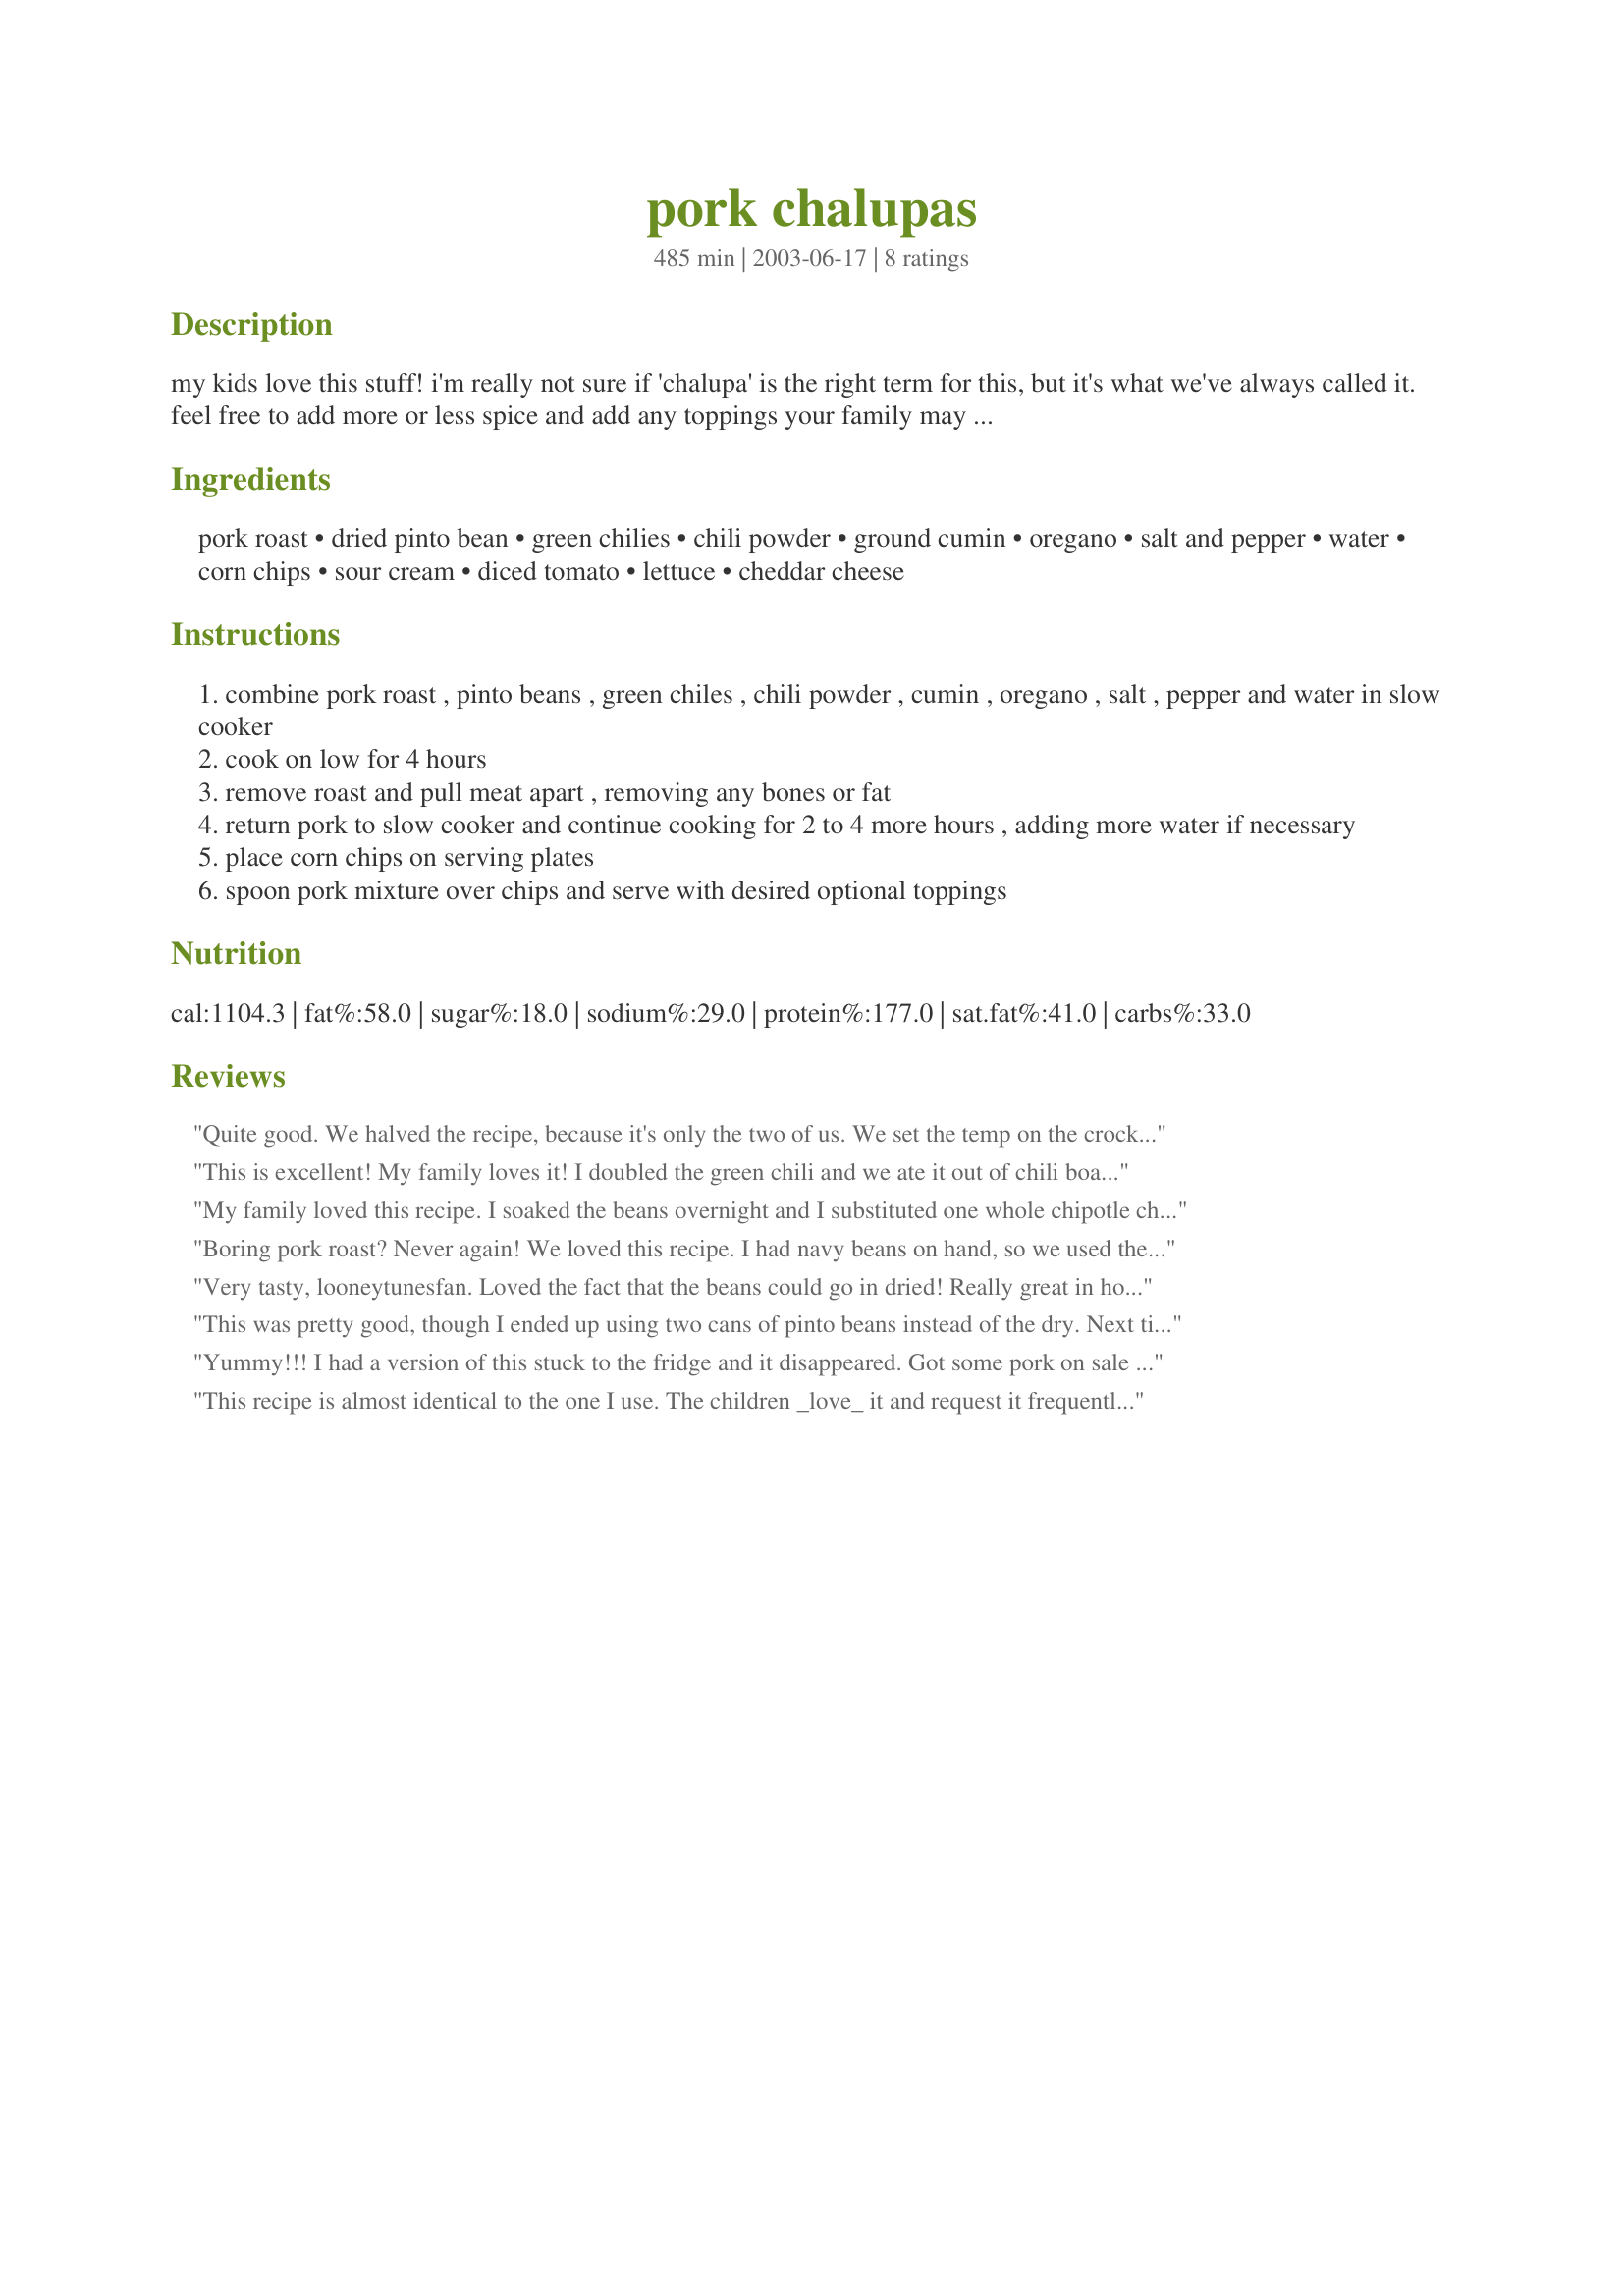
pork chalupas
Preparation time: 485 minutes

my kids love this stuff! i'm really not sure if 'chalupa' is the right term for this, but it's what we've always called it. feel free to add more or less spice and add any toppings your family may like. it's very easy and versatile.

Ingredients:
pork roast, dried pinto bean, green chilies, chili powder, ground cumin, oregano, salt and pepper, water, corn chips, sour cream, diced tomato, lettuce, cheddar cheese

Steps:
combine pork roast , pinto beans , green chiles , chili powder , cumin , oregano , salt , pepper and water in slow cooker
cook on low for 4 hours
remove roast and pull meat apart , removing any bones or fat
return pork to slow cooker and continue cooking for 2 to 4 more hours , adding more water if necessary
place corn chips on serving plates
spoon pork mixture over chips and serve with desired optional toppings

Reviews:
Quite good. We halved the recipe, because it's only the two of us. We set the temp on the crockpot too low, though. After 8 hours cooking time, the beans were still hard. If your crockpot has more settings than low and high, you're going to want to set it for closer to medium than low. We're looking forward to rolling up the leftovers in tortillas for lunch.
This is excellent! My family loves it! I doubled the green chili and we ate it out of chili boats-the edible shells. This is one of my favorites! Thanks for sharing!
My family loved this recipe. I soaked the beans overnight and I substituted one whole chipotle chile in adobo for the green chilies. Next time I'll use both and maybe add a can of chopped tomatoes, reminded my family of white chili.
Boring pork roast? Never again! We loved this recipe. I had navy beans on hand, so we used them instead of pinto beans. Instead of using corn chips, we used fresh flour tortillas and made burritos. Yum!
Very tasty, looneytunesfan. Loved the fact that the beans could go in dried! Really great in homemade flour tortillas with a dollop of lime crema. Thnx for posting.
This was pretty good, though I ended up using two cans of pinto beans instead of the dry. Next time I will use the dried beans.
This got "make again" comments from the family. It was close enough in taste to a dish my husbands late grandfather used to make. Thanks for posting!!
Yummy!!! I had a version of this stuck to the fridge and it disappeared. Got some pork on sale and went looking for it here. 
I think the Chalupas isn't part of the name. Mine was Chul something. Not much help,hugh. Maybe Mexirosie can help us. It was very good. I added garic and onion. After all it is Mexican food. I also halved it and still have leftovers. I'm going to make some Yummy enchladias with the rest. Thanks for posting!!!!
This recipe is almost identical to the one I use. The children _love_ it and request it frequently. I soak the beans overnight before putting them in the slow cooker all day. I also add some onion and throw in whatever pork I have in the freezer--even pork chops work well. I use two teaspoons or a tablespoon of salt.
